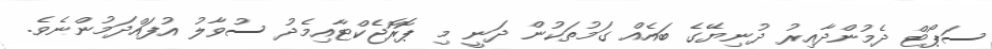
ސަޕޯޓް ދެމުންދާއިރު ދުނިޔޭގެ ބައެއް ގަމުތަކުން ދަނީ މި ޕޮރޮޖެކްޓާއިމެދު ސުވާލު އުފައްދަމުންނެވެ.